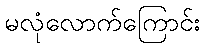
မလုံလောက်ကြောင်း